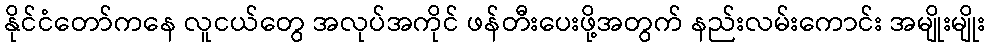
နိုင်ငံတော်ကနေ လူငယ်တွေ အလုပ်အကိုင် ဖန်တီးပေးဖို့အတွက် နည်းလမ်းကောင်း အမျိုးမျိုး